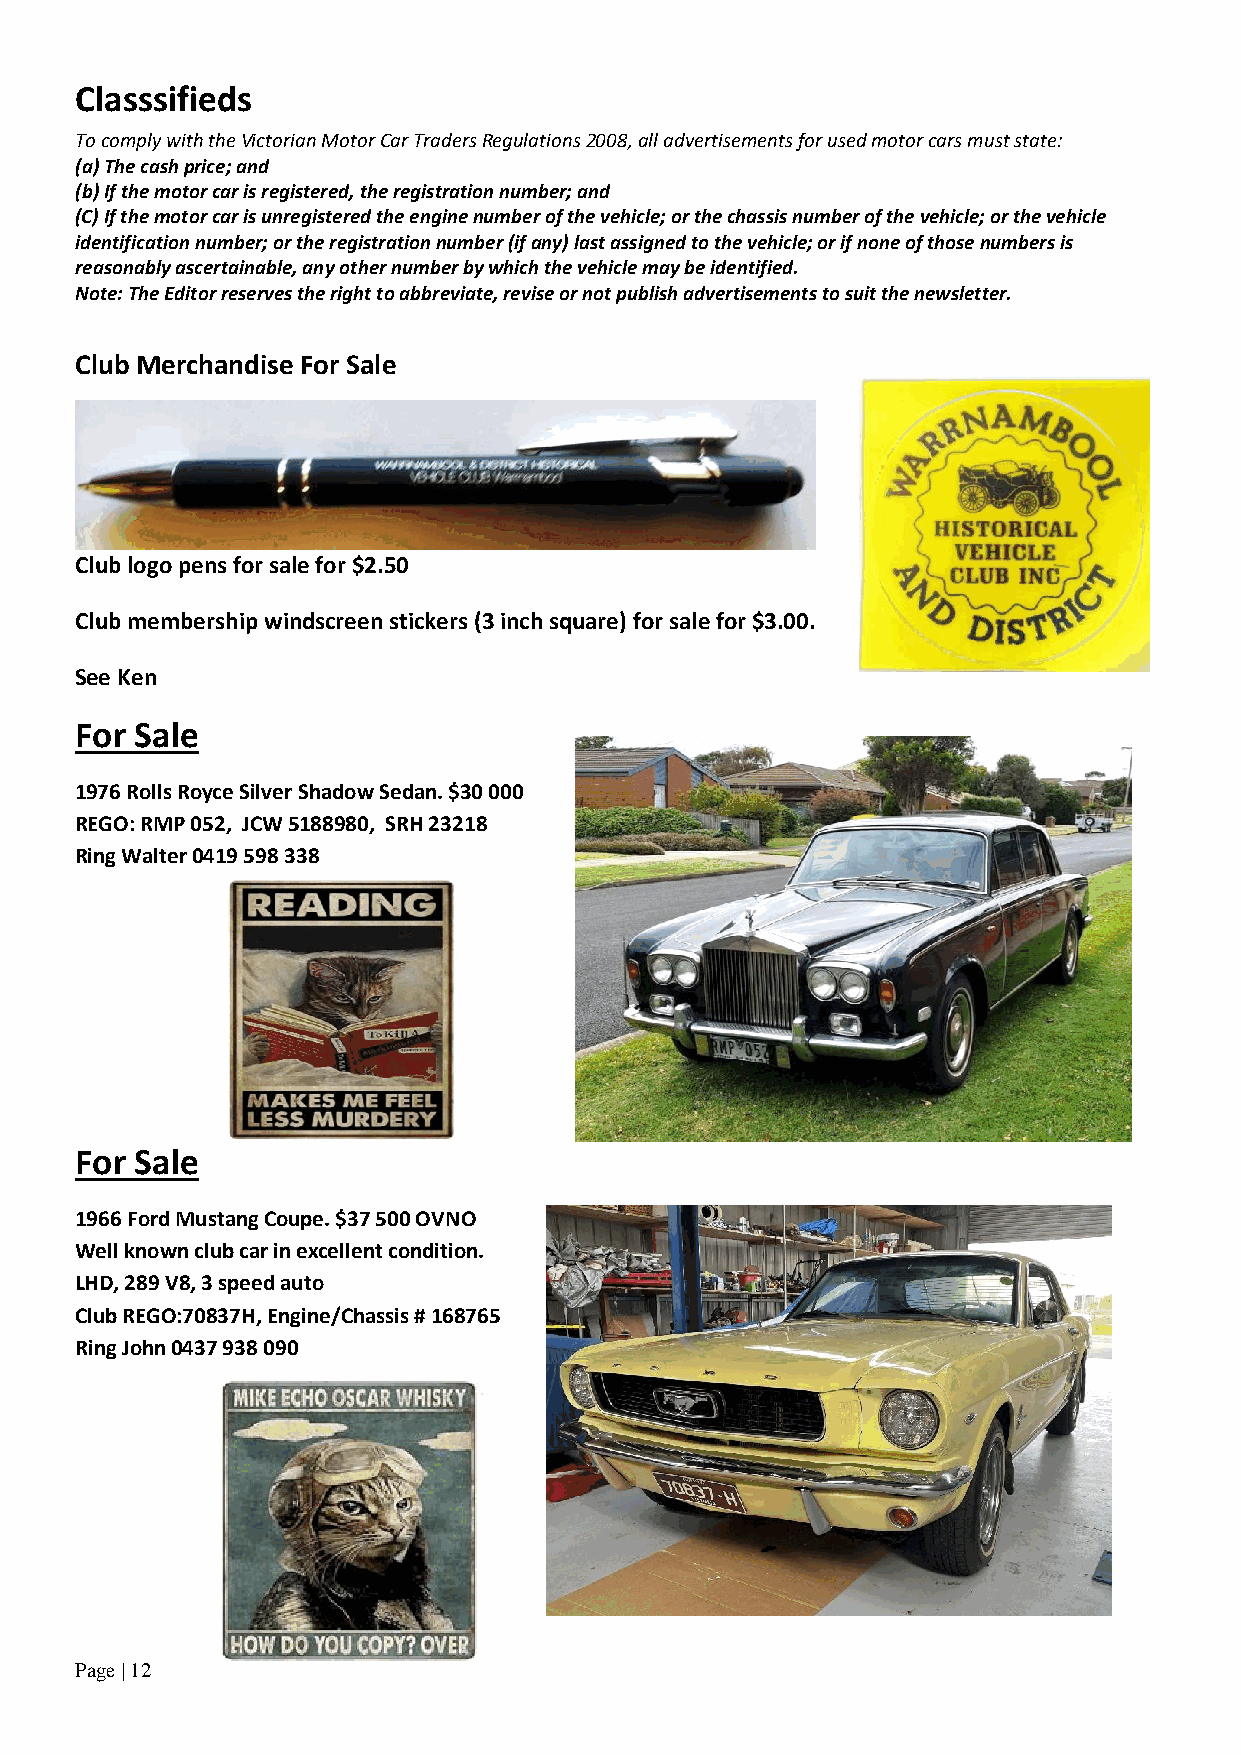
Classsifieds
 To comply with the Victorian Motor Car Traders Regulations 2008, all advertisements for used motor cars must state:
 (a) The cash price; and
 (b) If the motor car is registered, the registration number; and
 (C) If the motor car is unregistered the engine number of the vehicle; or the chassis number of the vehicle; or the vehicle
 identification number; or the registration number (if any) last assigned to the vehicle; or if none of those numbers is
 reasonably ascertainable, any other number by which the vehicle may be identified.
 Note: The Editor reserves the right to abbreviate, revise or not publish advertisements to suit the newsletter.
 Club Merchandise For Sale
 Club logo pens for sale for $2.50
 Club membership windscreen stickers (3 inch square) for sale for $3.00.
 See Ken
 For Sale
 1976 Rolls Royce Silver Shadow Sedan. $30 000
 REGO: RMP 052, JCW 5188980, SRH 23218
 Ring Walter 0419 598 338
 For Sale
 1966 Ford Mustang Coupe. $37 500 OVNO
 Well known club car in excellent condition.
 LHD, 289 V8, 3 speed auto
 Club REGO:70837H, Engine/Chassis # 168765
 Ring John 0437 938 090
 Page | 12